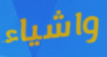
واشياء